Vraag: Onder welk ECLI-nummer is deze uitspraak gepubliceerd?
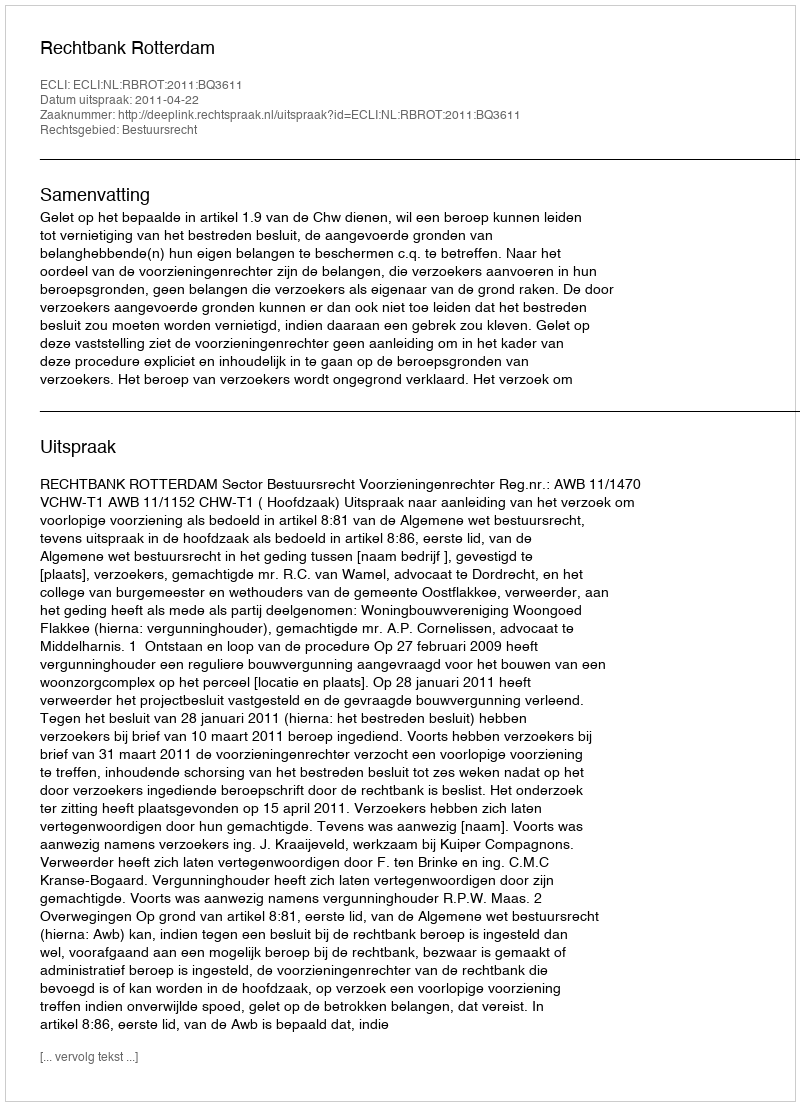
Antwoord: ECLI:NL:RBROT:2011:BQ3611